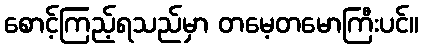
စောင့်ကြည့်ရသည်မှာ တမေ့တမောကြီးပင်။